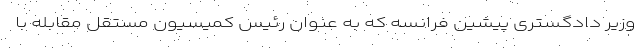
وزیر دادگستری پیشین فرانسه که به عنوان رئیس کمیسیون مستقل مقابله با